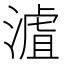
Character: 𣻐